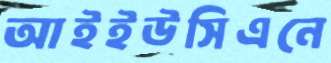
আইইউসিএনে